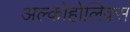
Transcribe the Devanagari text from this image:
अल्कोहोलिक्स